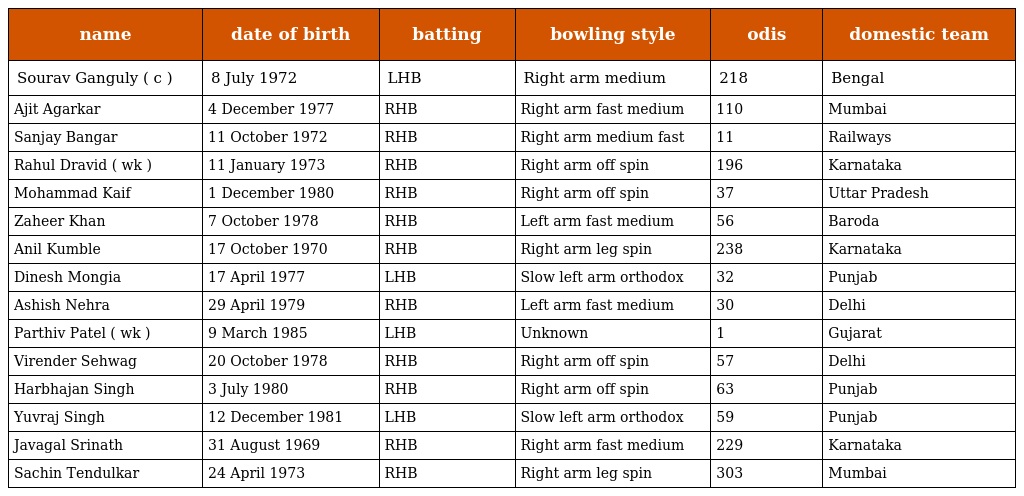
| name | date of birth | batting | bowling style | odis | domestic team |
 | --- | --- | --- | --- | --- | --- |
 | Sourav Ganguly ( c ) | 8 July 1972 | LHB | Right arm medium | 218 | Bengal |
 | Ajit Agarkar | 4 December 1977 | RHB | Right arm fast medium | 110 | Mumbai |
 | Sanjay Bangar | 11 October 1972 | RHB | Right arm medium fast | 11 | Railways |
 | Rahul Dravid ( wk ) | 11 January 1973 | RHB | Right arm off spin | 196 | Karnataka |
 | Mohammad Kaif | 1 December 1980 | RHB | Right arm off spin | 37 | Uttar Pradesh |
 | Zaheer Khan | 7 October 1978 | RHB | Left arm fast medium | 56 | Baroda |
 | Anil Kumble | 17 October 1970 | RHB | Right arm leg spin | 238 | Karnataka |
 | Dinesh Mongia | 17 April 1977 | LHB | Slow left arm orthodox | 32 | Punjab |
 | Ashish Nehra | 29 April 1979 | RHB | Left arm fast medium | 30 | Delhi |
 | Parthiv Patel ( wk ) | 9 March 1985 | LHB | Unknown | 1 | Gujarat |
 | Virender Sehwag | 20 October 1978 | RHB | Right arm off spin | 57 | Delhi |
 | Harbhajan Singh | 3 July 1980 | RHB | Right arm off spin | 63 | Punjab |
 | Yuvraj Singh | 12 December 1981 | LHB | Slow left arm orthodox | 59 | Punjab |
 | Javagal Srinath | 31 August 1969 | RHB | Right arm fast medium | 229 | Karnataka |
 | Sachin Tendulkar | 24 April 1973 | RHB | Right arm leg spin | 303 | Mumbai |